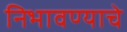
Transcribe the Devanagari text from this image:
निभावण्याचे